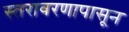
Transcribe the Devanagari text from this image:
स्तरावरणापासून